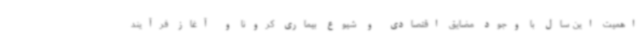
اهمیت این سال با وجود مضایق اقتصادی و شیوع بیماری کرونا و آغاز فرآیند